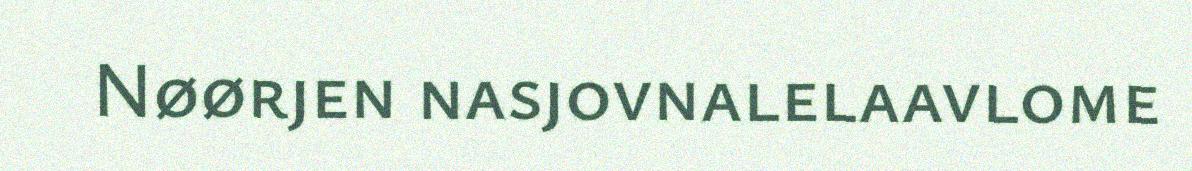
Nøørjen nasjovnalelaavlome